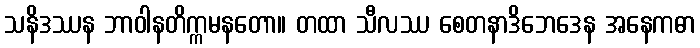
သနိဒဿန ဘာဝါနတိက္ကမနတော။ တထာ သီလဿ စေတနာဒိဘေဒေန အနေကဓာ